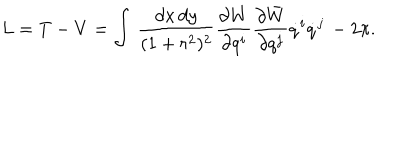
L = T - V = \int \, \frac { d x \, d y } { ( 1 + r ^ { 2 } ) ^ { 2 } } \frac { \partial W } { \partial q ^ { i } } \frac { \partial \bar { W } } { \partial q ^ { j } } \dot { q } ^ { i } \dot { q } ^ { j } \, - 2 \pi .